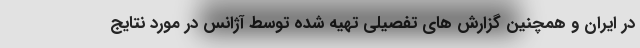
در ایران و همچنین گزارش های تفصیلی تهیه شده توسط آژانس در مورد نتایج